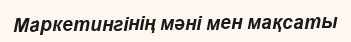
Маркетингінің мәні мен мақсаты